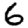
Digit: 6